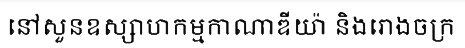
នៅសួនឧស្សាហកម្មកាណាឌីយ៉ា និងរោងចក្រ